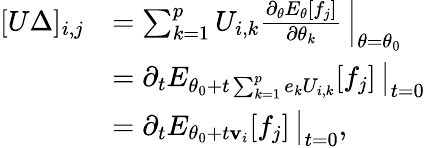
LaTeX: \begin{array}{rl}{[U\Delta]_{i,j}}&{=\sum_{k=1}^{p}U_{i,k}\frac{\partial_{\theta}E_{\theta}[f_{j}]}{\partial\theta_{k}}\, \Big|_{\theta=\theta_{0}}}\\ &{=\partial_{t}E_{\theta_{0}+t\sum_{k=1}^{p}e_{k}U_{i,k}}[f_{j}]\, \big|_{t=0}}\\ &{=\partial_{t}E_{\theta_{0}+t{\mathbf v}_{i}}[f_{j}]\, \big|_{t=0},}\end{array}